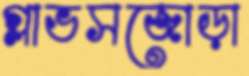
গ্লাভসজোড়া